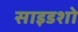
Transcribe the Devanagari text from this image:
साइडशो